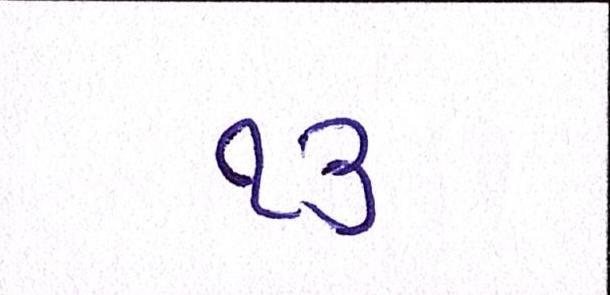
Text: ૧૩